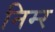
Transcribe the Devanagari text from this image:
निम्‍र